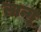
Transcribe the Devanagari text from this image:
लान्गू